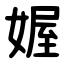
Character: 媉